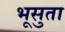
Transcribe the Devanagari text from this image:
भूसुता